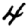
Digit: 4